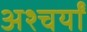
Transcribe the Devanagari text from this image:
अश्चर्यों